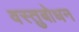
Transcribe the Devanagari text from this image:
वस्तुबोधन